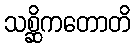
သစ္ဆိကတောတိ